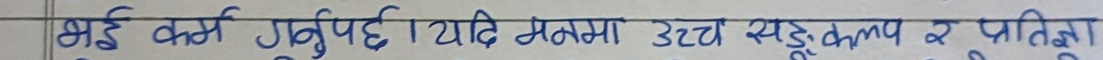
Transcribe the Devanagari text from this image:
भाई कर्म गर्नुपर्छ। यदि मनमा उच्च सङ्कल्प र प्रतिज्ञा